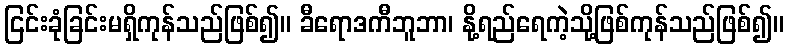
ငြင်းခုံခြင်းမရှိကုန်သည်ဖြစ်၍။ ခီရောဒကီဘူဘာ၊ နို့ရည်ရေကဲ့သို့ဖြစ်ကုန်သည်ဖြစ်၍။